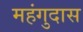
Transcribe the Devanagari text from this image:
महंगुदास